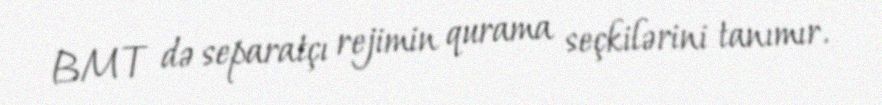
BMT də separatçı rejimin qurama seçkilərini tanımır.